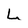
Character: L